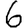
Digit: 6